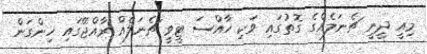
މިއީ ދީނީ ޗެނަލެއްގެ ގޮތުގައި ވަކި ހާއްސަ ޓީވީ ޗެނަލެއް ރާއްޖޭގައި ހިންގަން